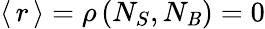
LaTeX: \left<\, r\, \right>=\rho\, (N_{S},N_{\mathit{B}})=0